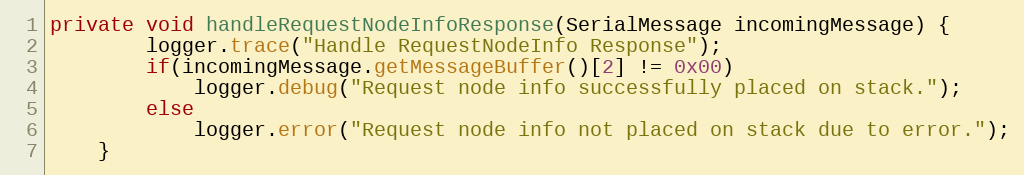
Language: Java
private void handleRequestNodeInfoResponse(SerialMessage incomingMessage) {
		logger.trace("Handle RequestNodeInfo Response");
		if(incomingMessage.getMessageBuffer()[2] != 0x00)
			logger.debug("Request node info successfully placed on stack.");
		else
			logger.error("Request node info not placed on stack due to error.");
	}